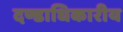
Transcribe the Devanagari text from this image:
दण्डाधिकारीय